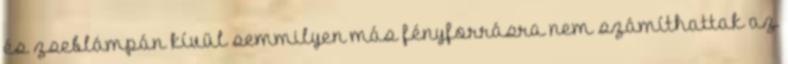
és zseblámpán kívül semmilyen más fényforrásra nem számíthattak az